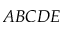
A B C D E